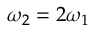
\omega _ { 2 } = 2 \omega _ { 1 }